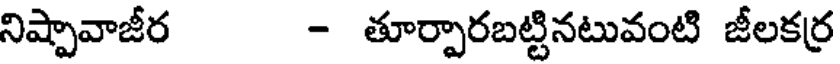
నిష్పావాజీర - తూర్పారబట్టినటువంటి జీలకర్ర